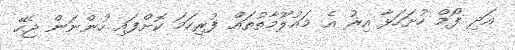
އަދި ފޯމް ހުށަހަޅާ އިރު އެ މައުލޫމާތުތައް ފުރިހަމަ ކޮށްފައި ހުންނަން ޖެހޭ